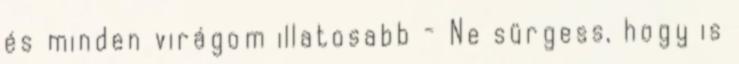
és minden virágom illatosabb - Ne sürgess, hogy is